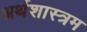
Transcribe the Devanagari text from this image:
अर्थशास्त्रम